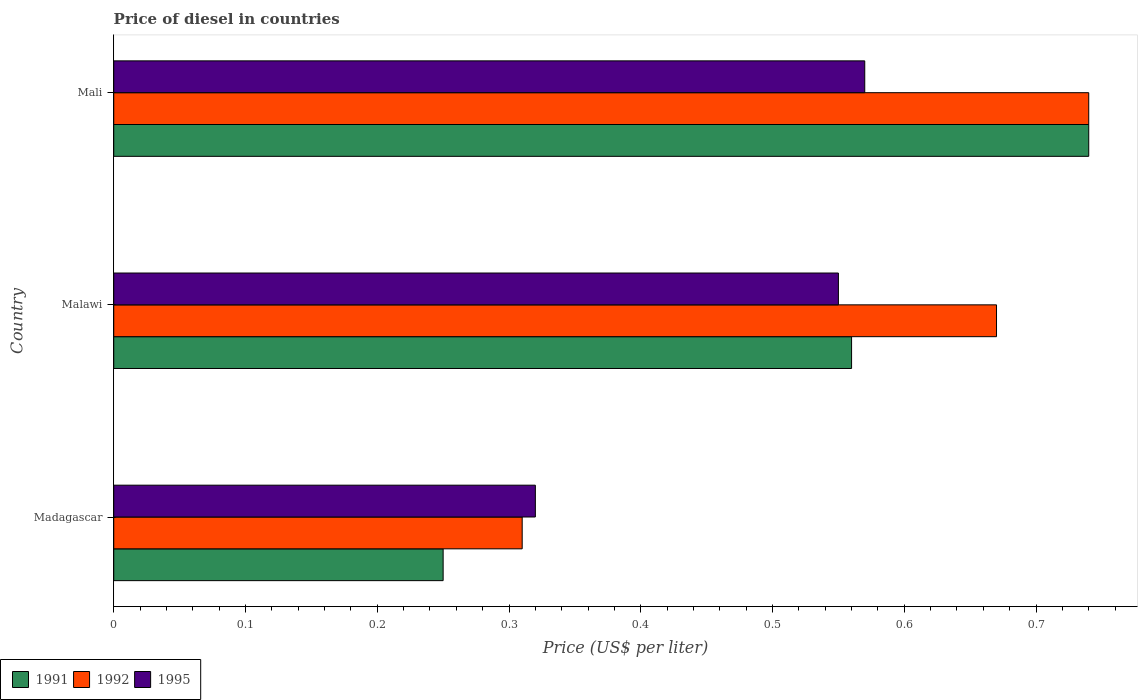
| Country | 1991 | 1992 | 1995 |
 | --- | --- | --- | --- |
 | Madagascar | 0.25 | 0.31 | 0.32 |
 | Malawi | 0.56 | 0.67 | 0.55 |
 | Mali | 0.74 | 0.74 | 0.57 |